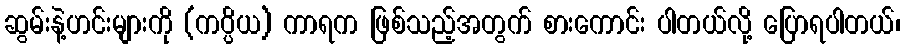
ဆွမ်းနဲ့ဟင်းများကို (ကပ္ပိယ) ကာရက ဖြစ်သည့်အတွက် စားကောင်း ပါတယ်လို့ ပြောရပါတယ်၊